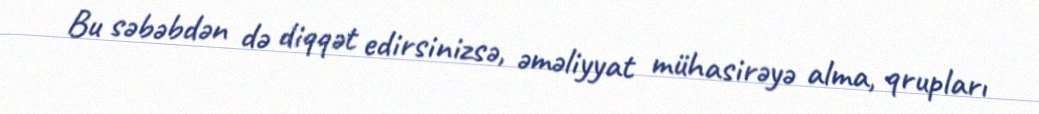
Bu səbəbdən də diqqət edirsinizsə, əməliyyat mühasirəyə alma, qrupları